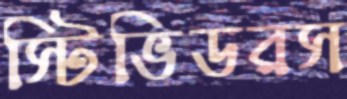
স্টিভিডরস